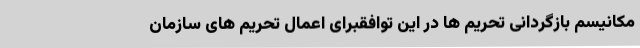
مکانیسم بازگردانی تحریم ها در این توافقبرای اعمال تحریم های سازمان